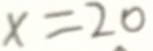
x = 2 0